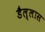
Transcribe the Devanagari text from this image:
डैल्लास